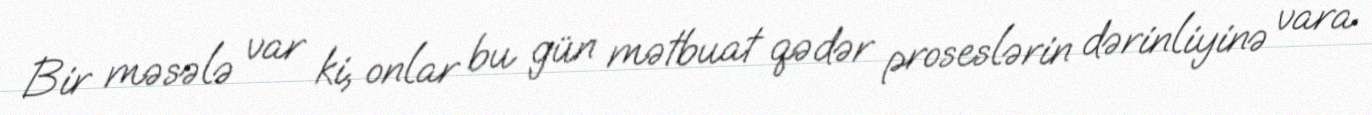
Bir məsələ var ki, onlar bu gün mətbuat qədər proseslərin dərinliyinə vara